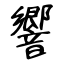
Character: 響